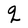
Character: q